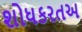
શોધકરતઅ